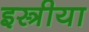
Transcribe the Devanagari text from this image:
इस्त्रीया